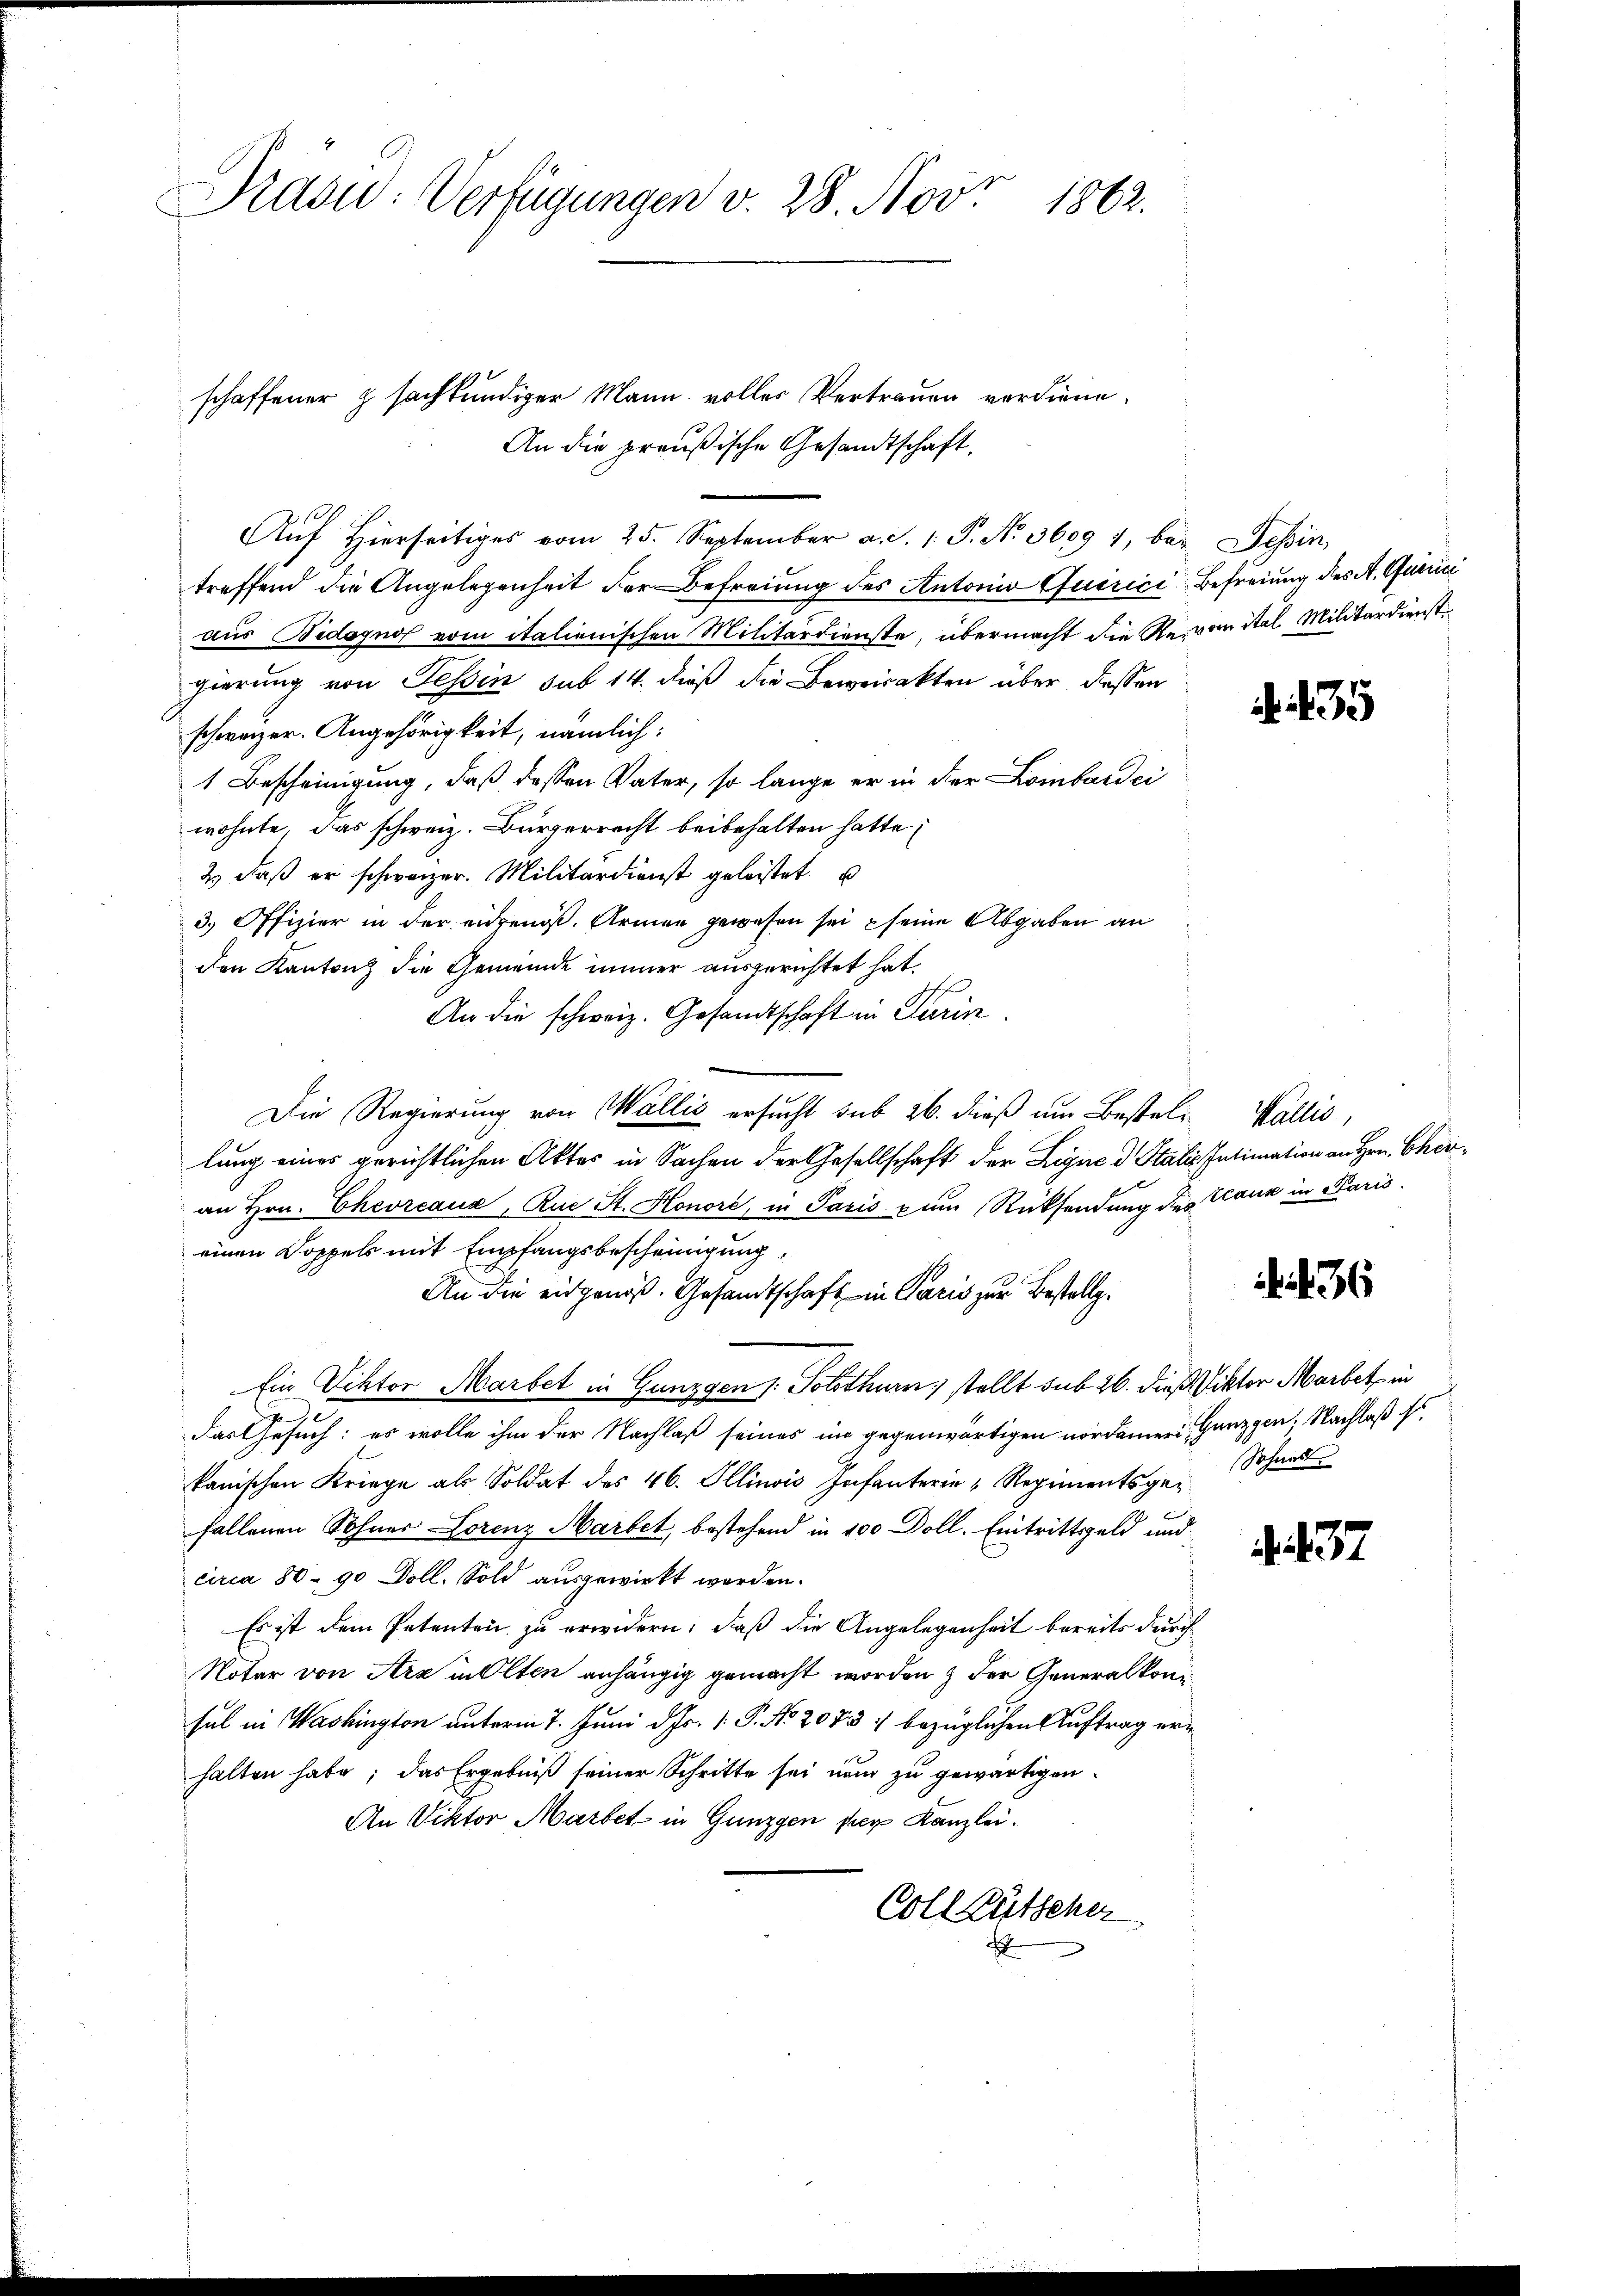
Prasw. Verfügungen v. 28. Nov.
1862.

schaffener z sachkundiger Mann volles Vertrauen verdiene.
An die preußische Gesandtschaft.
Auf hierseitiges vom 25. September a. S. 1. P. Nr. 3609 1, bey Tessin,
treffend die Angelegenheit der Befreiung des Antonio Quirici Befreiung des A. Querici
aus Bedagnos vom italienischen Militärdienste, übermacht die Revon Stel Militärdienstgierung von Tessin sub 14. dieß die Beweisakten über dessen
schweizer. Angehörigkeit, nämlich:
1 Bescheinigung, daß dessen Vater, so lange er in der Lombardei
wohnte, das schweiz. Burgerrecht beibehalten hatte;
2) daß er schweizer. Militärdienst geleistet u
3) Offizier in der eidgenöß. Armen gewesen sei seine Abgaben an
den Kanton die Gemeinde immer ausgerichtet hat.
An die schweiz. Gesandtschaft in Turin
Die Regierung von Wallis ersucht sub 26. dieß um Bestel- Wallis,
lung eines gerichtlichen Aktes in Sachen der Gesellschaft der Signe d Stalis Intimation an Hrn. Cheran Hrn. Eheorcauz, Rue St. Honore, in Paris zum Rücksendung des Kauz in Paris
einen Doppels mit Empfangsbescheinigung,
An die eidgenoß. Gesandtschaft in Paris zur Bestell¬
Ein Viktor Marbet in Gunggen). Solothurn, stellt sub 26. dieß Viktor Marbet in
das Gesuch: es wolle ihm der Nachlaß seines im gegenwärtigen nordameri, Ganzgen. Nachlaß Er
kanischen Kriege als Soldat des 46. Illinois Infanterie-Regimentsge-Schand
fallenen Sohner Lorenz Martet, bestehend in 100 Doll. Eintrittsgeld und
circa 80. 90 Doll. Sold ausgewirkt werden.
Es ist dem Petenten zu erwidern, daß die Angelegenheit bereits durch
Notar von Arz in Olten anhängig gemacht worden & der Generalkon
sal in Washington unterm 7. Juni d. Js. v. P. Nr. 2073 :/ bezüglichen Auftrag erhalten habe; das Ergebniß seiner Schritte sei nun zu gewärtigen.
An Viktor Martet in Gunzgen per Kanzlei.
Coll Bütscher

. 435

36

. 437